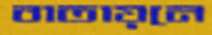
বাতায়নে